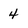
Character: 4